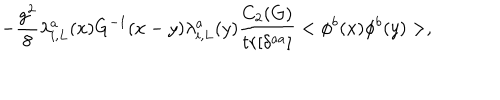
LaTeX: - \frac { g ^ { 2 } } { 8 } \lambda _ { i , L } ^ { a } ( x ) G ^ { - 1 } ( x - y ) \lambda _ { i , L } ^ { a } ( y ) \frac { C _ { 2 } ( G ) } { t r [ \delta ^ { a a } ] } < \phi ^ { b } ( x ) \phi ^ { b } ( y ) > ,